Annual report on the working of the Harcourt Butler Institute of Public Health, Rangoon
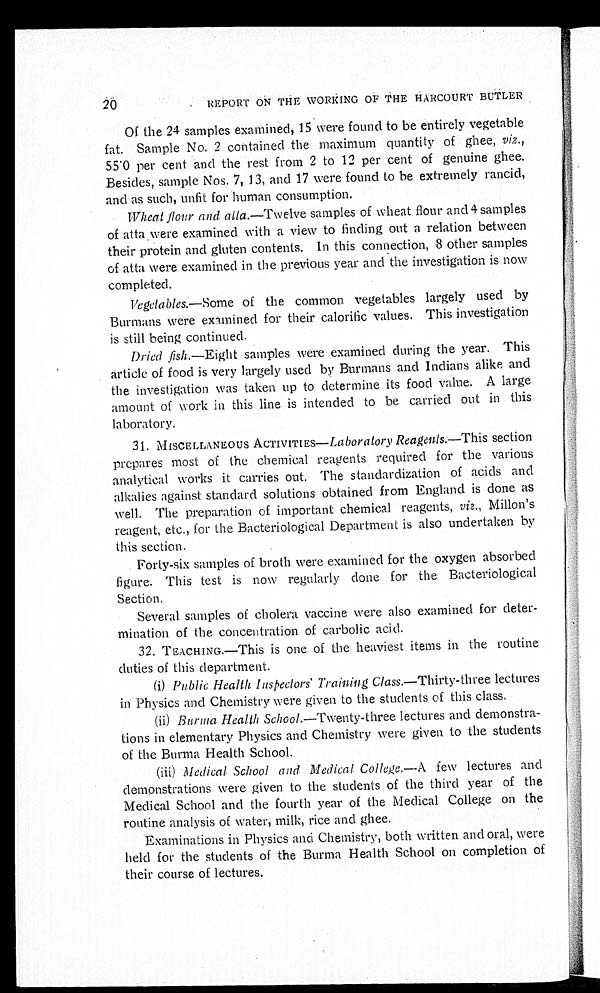
20
REPORT ON THE WORKING OF THE HARCOURT BUTLER
Of the 24 samples examined, 15 were found to be entirely vegetable
fat. Sample No. 2 contained the maximum quantity of ghee, viz .,
55.0 per cent and the rest from 2 to 12 per cent of genuine ghee.
Besides, sample Nos. 7, 13, and 17 were found to be extremely rancid,
and as such, unfit for human consumption.
Wheat flour and atta. —Twelve samples of wheat flour and 4 samples
of atta were examined with a view to finding out a relation between
their protein and gluten contents. In this connection, 8 other samples
of atta were examined in the previous year and the investigation is now
completed.
Vegetables.—Some of the common vegetables largely used by
Burmans were examined for their calorific values. This investigation
is still being continued.
Dried fish .—Eight samples were examined during the year. This
article of food is very largely used by Burmans and Indians alike and
the investigation was taken up to determine its food value. A large
amount of work in this line is intended to be carried out in this
laboratory.
31. MISCELLANEOUS ACTIVITIES—Laboratory Reagents.—This section
prepares most of the chemical reagents required for the various
analytical works it carries out. The standardization of acids and
alkalies against standard solutions obtained from England is done as
well. The preparation of important chemical reagents, viz., Millon's
reagent, etc., for the Bacteriological Department is also undertaken by
this section.
Forty-six samples of broth were examined for the oxygen absorbed
figure. This test is now regularly done for the Bacteriological
Section.
Several samples of cholera vaccine were also examined for deter-
mination of the concentration of carbolic acid.
32. TEACHING.—This is one of the heaviest items in the routine
duties of this department.
(i) Public Health Inspectors' Training Class .—Thirty-three lectures
in Physics and Chemistry were given to the students of this class.
(ii) Burma Health School .—Twenty-three lectures and demonstra-
tions in elementary Physics and Chemistry were given to the students
of the Burma Health School.
(iii) Medical School and Medical College.—A few lectures and
demonstrations were given to the students of the third year of the
Medical School and the fourth year of the Medical College on the
routine analysis of water, milk, rice and ghee.
Examinations in Physics and Chemistry, both written and oral, were
held for the students of the Burma Health School on completion of
their course of lectures.